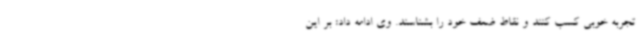
تجربه خوبی کسب کنند و نقاط ضعف خود را بشناسند. وی ادامه داد: بر این